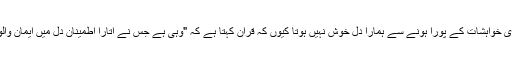
مگر مادی فوائد یا دنیاوی خواہشات کے پورا ہونے سے ہمارا دل خوش نہیں ہوتا کیوں کہ قرآن کہتا ہے کہ "وہی ہے جس نے اتارا اطمینان دل میں ایمان والوں کے" (الفتح، آیت 4)۔